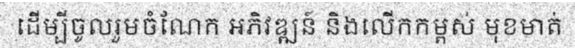
ដើម្បីចូលរួមចំណែក អភិវឌ្ឍន៍ និងលើកកម្ពស់ មុខមាត់